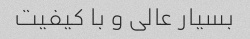
بسیار عالی و با کیفیت